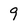
Character: 9